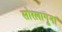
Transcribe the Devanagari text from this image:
सोरलागूना